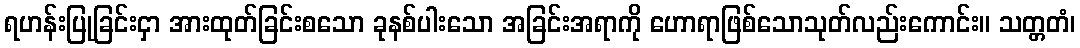
ရဟန်းပြုခြင်းငှာ အားထုတ်ခြင်းစသော ခုနစ်ပါးသော အခြင်းအရာကို ဟောရာဖြစ်သောသုတ်လည်းကောင်း။ သတ္တတံ၊